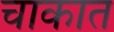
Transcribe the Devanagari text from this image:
चाकात